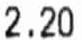
2.20